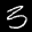
Label: 3